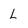
Character: L